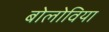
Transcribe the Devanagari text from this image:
बोलोविया